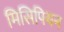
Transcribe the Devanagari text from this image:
मिसिपियन